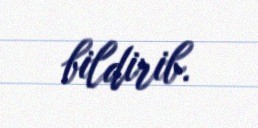
bildirib.